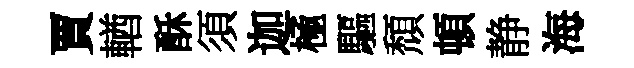
賈輶酥須迦極驅頹頓静海